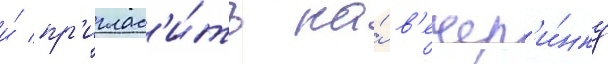
и́ пр'иглас'и́ть на́ в'ечер'и́нку